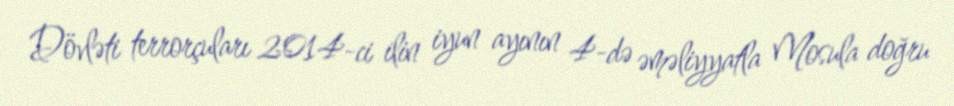
Dövləti terrorçuları 2014-ci ilin iyun ayının 4-də əməliyyatla Mosula doğru